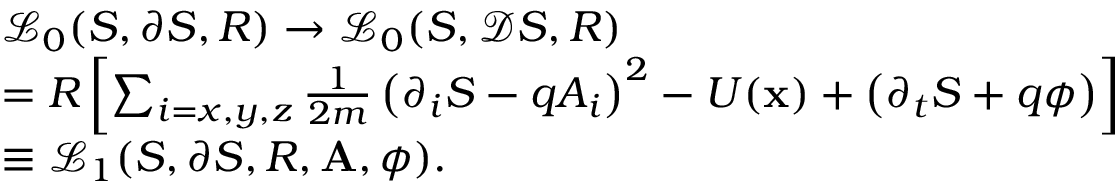
\begin{array} { r l } & { \mathcal { L } _ { 0 } ( S , \partial S , R ) \rightarrow \mathcal { L } _ { 0 } ( S , \mathcal D S , R ) } \\ & { = R \left[ \sum _ { i = x , y , z } \frac { 1 } { 2 m } \left( \partial _ { i } S - q A _ { i } \right) ^ { 2 } - U ( \mathbf x ) + \left( \partial _ { t } S + q \phi \right) \right] } \\ & { \equiv \mathcal { L } _ { 1 } ( S , \partial S , R , \mathbf A , \phi ) . } \end{array}